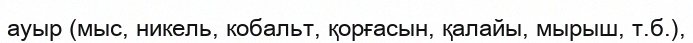
ауыр (мыс, никель, кобальт, қорғасын, қалайы, мырыш, т.б.),